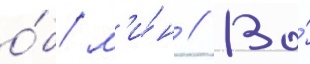
о́б/ м'и́н // Во́